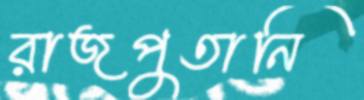
রাজপুতানি